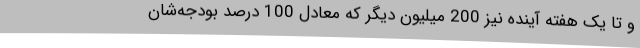
و تا یک هفته آینده نیز 200 میلیون دیگر که معادل 100 درصد بودجه‌شان